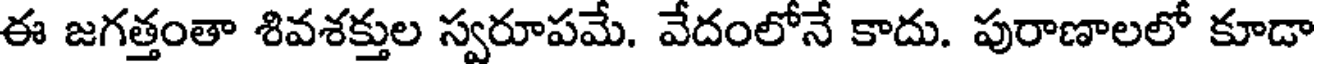
ఈ జగత్తంతా శివశక్తుల స్వరూపమే. వేదంలోనే కాదు. పురాణాలలో కూడా